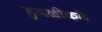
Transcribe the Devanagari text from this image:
हुबळीकडे